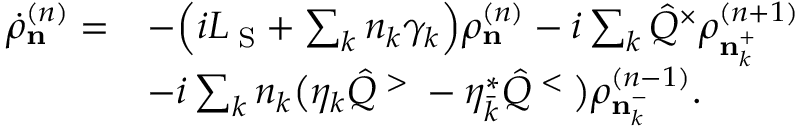
\begin{array} { r l } { \dot { \rho } _ { \bf n } ^ { ( n ) } = } & { - \Big ( i { \cal L } _ { \mathrm { \tiny ~ S } } + \sum _ { k } n _ { k } \gamma _ { k } \Big ) \rho _ { \bf n } ^ { ( n ) } - i \sum _ { k } \hat { Q } ^ { \times } \rho _ { { \bf n } _ { k } ^ { + } } ^ { ( n + 1 ) } } \\ & { - i \sum _ { k } n _ { k } \big ( \eta _ { k } \hat { Q } ^ { \mathrm { \tiny ~ > ~ } } - \eta _ { \bar { k } } ^ { \ast } \hat { Q } ^ { \mathrm { \tiny ~ < ~ } } \big ) \rho _ { { \bf n } _ { k } ^ { - } } ^ { ( n - 1 ) } . } \end{array}